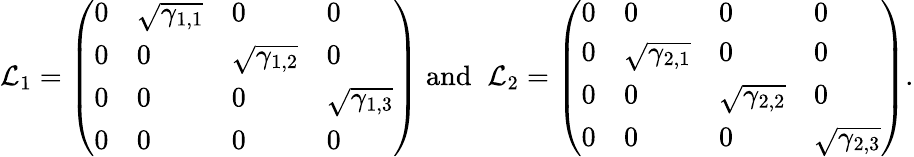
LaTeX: {\cal L}_{1}=\left(\begin{array}{llll}{0}&{\sqrt{\gamma_{1,1}}}&{0}&{0}\\ {0}&{0}&{\sqrt{\gamma_{1,2}}}&{0}\\ {0}&{0}&{0}&{\sqrt{\gamma_{1,3}}}\\ {0}&{0}&{0}&{0}\end{array}\right)\; \mathrm{and}\; \; {\cal L}_{2}=\left(\begin{array}{llll}{0}&{0}&{0}&{0}\\ {0}&{\sqrt{\gamma_{2,1}}}&{0}&{0}\\ {0}&{0}&{\sqrt{\gamma_{2,2}}}&{0}\\ {0}&{0}&{0}&{\sqrt{\gamma_{2,3}}}\end{array}\right).